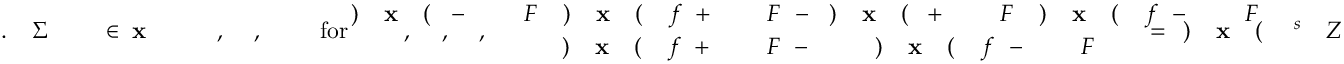
\! \! \! \! \! \! \! \! \! \! \! \! \! \! \! \! \! \! \! \! \! \! \! Z \! \! \! \! \! \! \! \! \! \! \! \! ^ { s } \! \! \! \! \! \! \! \! \! \! \! \! ( \! \! \! \! \! \! \! \! \! \! \! \! \mathbf { x } \! \! \! \! \! \! \! \! \! \! \! \! ) \! \! \! \! \! \! \! \! \! \! \! \! = \! \! \! \! \! \! \! \! \! \! \! \! \! \! \! \! \! \! \! \! \! \! \! \! \frac { F \! \! \! \! \! \! \! \! \! \! \! \! ^ { \! } \! \! \! \! \! \! \! \! \! \! \! - \! \! \! \! \! \! \! \! \! \! \! \! f \! \! \! \! \! \! \! \! \! \! \! \! ( \! \! \! \! \! \! \! \! \! \! \! \! \mathbf { x } \! \! \! \! \! \! \! \! \! \! \! \! ) \! \! \! \! \! \! \! \! \! \! \! \! F \! \! \! \! \! \! \! \! \! \! \! \! ^ { \! } \! \! \! \! \! \! \! \! \! \! \! + \! \! \! \! \! \! \! \! \! \! \! \! ( \! \! \! \! \! \! \! \! \! \! \! \! \mathbf { x } \! \! \! \! \! \! \! \! \! \! \! \! ) \! \! \! \! \! \! \! \! \! \! \! \! - \! \! \! \! \! \! \! \! \! \! \! \! F \! \! \! \! \! \! \! \! \! \! \! \! ^ { \! } \! \! \! \! \! \! \! \! \! \! \! + \! \! \! \! \! \! \! \! \! \! \! \! f \! \! \! \! \! \! \! \! \! \! \! \! ( \! \! \! \! \! \! \! \! \! \! \! \! \mathbf { x } \! \! \! \! \! \! \! \! \! \! \! \! ) \! \! \! \! \! \! \! \! \! \! \! \! F \! \! \! \! \! \! \! \! \! \! \! \! ^ { \! } \! \! \! \! \! \! \! \! \! \! \! - \! \! \! \! \! \! \! \! \! \! \! \! ( \! \! \! \! \! \! \! \! \! \! \! \! \mathbf { x } \! \! \! \! \! \! \! \! \! \! \! \! ) } { F \! \! \! \! \! \! \! \! \! \! \! \! ^ { \! } \! \! \! \! \! \! \! \! \! \! \! - \! \! \! \! \! \! \! \! \! \! \! \! f \! \! \! \! \! \! \! \! \! \! \! \! ( \! \! \! \! \! \! \! \! \! \! \! \! \mathbf { x } \! \! \! \! \! \! \! \! \! \! \! \! ) \! \! \! \! \! \! \! \! \! \! \! \! \! \! \! \! \! \! \! \! \! \! \! \! - \! \! \! \! \! \! \! \! \! \! \! \! F \! \! \! \! \! \! \! \! \! \! \! \! ^ { \! } \! \! \! \! \! \! \! \! \! \! \! + \! \! \! \! \! \! \! \! \! \! \! \! f \! \! \! \! \! \! \! \! \! \! \! \! ( \! \! \! \! \! \! \! \! \! \! \! \! \mathbf { x } \! \! \! \! \! \! \! \! \! \! \! \! ) \! \! \! \! \! \! \! \! \! \! \! \! } \! \! \! \! \! \! \! \! \! \! \! \! , \! \! \! \! \! \! \! \! \! \! \! \! , \! \! \! \! \! \! \! \! \! \! \! \! , \! \! \! \! \! \! \! \! \! \! \! \! \! \! \! \! \! \! \! \! \! \! \! \! \mathrm { f o r } \! \! \! \! \! \! \! \! \! \! \! \! \! \! \! \! \! \! \! \! \! \! \! \! , \! \! \! \! \! \! \! \! \! \! \! \! , \! \! \! \! \! \! \! \! \! \! \! \! \! \! \! \! \! \! \! \! \! \! \! \! \mathbf { x } \! \! \! \! \! \! \! \! \! \! \! \! \in \! \! \! \! \! \! \! \! \! \! \! \! \! \! \! \! \! \! \! \! \! \! \! \! \Sigma \! \! \! \! \! \! \! \! \! \! \! \! . \! \! \! \! \! \! \! \! \! \! \! \! \! \! \! \! \! \! \! \! \! \! \!